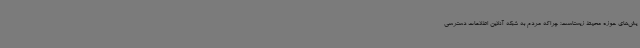
یش‌های حوزه محیط زیستاست؛ چراکه مردم به شبکه آنلاین اطلاعات دسترسی